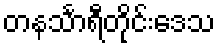
တနင်္သာရီတိုင်းဒေသ